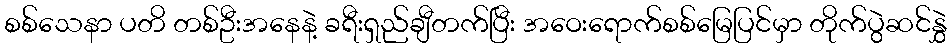
စစ်သေနာ ပတိ တစ်ဦးအနေနဲ့ ခရီးရှည်ချီတက်ပြီး အဝေးရောက်စစ်မြေပြင်မှာ တိုက်ပွဲဆင်နွှဲ